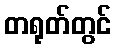
တရုတ်တွင်